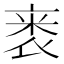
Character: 𬡗